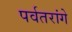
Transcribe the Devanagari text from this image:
पर्वतरांगे